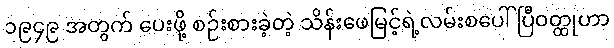
၁၉၄၉ အတွက် ပေးဖို့ စဉ်းစားခဲ့တဲ့ သိန်းဖေမြင့်ရဲ့လမ်းစပေါ်ပြီဝတ္ထုဟာ